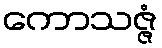
ကောသဇ္ဇံ